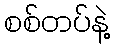
စစ်တပ်နဲ့